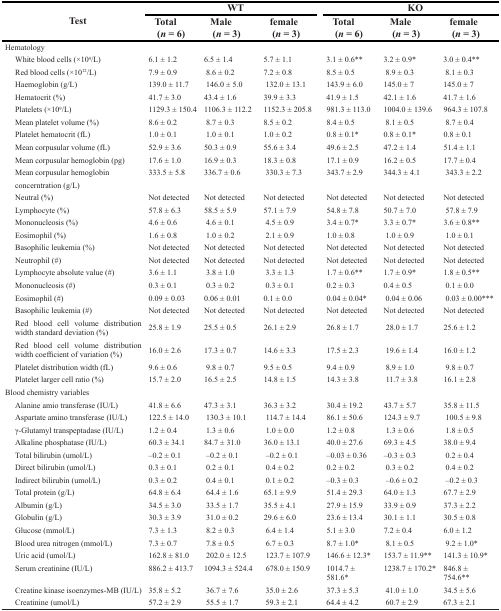
<table><thead><tr><td rowspan="2"><b>Test</b></td><td colspan="3"><b>WT</b></td><td colspan="3"><b>KO</b></td></tr><tr><td><b>Total (<i>n</i> = 6)</b></td><td><b>Male (<i>n</i> = 3)</b></td><td><b>female (<i>n</i> = 3)</b></td><td><b>Tota (<i>n</i> = 6)</b></td><td><b>Male (<i>n</i> = 3)</b></td><td><b>female (<i>n</i> = 3)</b></td></tr></thead><tbody><tr><td>Hematology</td><td></td><td></td><td></td><td></td><td></td><td></td></tr><tr><td> White blood cells (×10<sup>9</sup>/L)</td><td>6.1 ± 1.2</td><td>6.5 ± 1.4</td><td>5.7 ± 1.1</td><td>3.1 ± 0.6**</td><td>3.2 ± 0.9*</td><td>3.0 ± 0.4**</td></tr><tr><td> Red blood cells (×10<sup>12</sup>/L)</td><td>7.9 ± 0.9</td><td>8.6 ± 0.2</td><td>7.2 ± 0.8</td><td>8.5 ± 0.5</td><td>8.9 ± 0.3</td><td>8.1 ± 0.3</td></tr><tr><td> Haemoglobin (g/L)</td><td>139.0 ± 11.7</td><td>146.0 ± 5.0</td><td>132.0 ± 13.1</td><td>143.9 ± 6.0</td><td>145.0 ± 7</td><td>145.0 ± 7</td></tr><tr><td> Hematocrit (%)</td><td>41.7 ± 3.0</td><td>43.4 ± 1.6</td><td>39.9 ± 3.3</td><td>41.9 ± 1.5</td><td>42.1 ± 1.6</td><td>41.7 ± 1.6</td></tr><tr><td> Platelets (×10<sup>9</sup>/L)</td><td>1129.3 ± 150.4</td><td>1106.3 ± 112.2</td><td>1152.3 ± 205.8</td><td>981.3 ± 113.0</td><td>1004.0 ± 139.6</td><td>964.3 ± 107.8</td></tr><tr><td> Mean platelet volume (%)</td><td>8.6 ± 0.2</td><td>8.7 ± 0.3</td><td>8.5 ± 0.2</td><td>8.4 ± 0.5</td><td>8.1 ± 0.5</td><td>8.7 ± 0.4</td></tr><tr><td> Platelet hematocrit (fL)</td><td>1.0 ± 0.1</td><td>1.0 ± 0.1</td><td>1.0 ± 0.2</td><td>0.8 ± 0.1*</td><td>0.8 ± 0.1*</td><td>0.8 ± 0.1</td></tr><tr><td> Mean corpusular volume (fL)</td><td>52.9 ± 3.6</td><td>50.3 ± 0.9</td><td>55.6 ± 3.4</td><td>49.6 ± 2.5</td><td>47.2 ± 1.4</td><td>51.4 ± 1.1</td></tr><tr><td> Mean corpusular hemoglobin (pg)</td><td>17.6 ± 1.0</td><td>16.9 ± 0.3</td><td>18.3 ± 0.8</td><td>17.1 ± 0.9</td><td>16.2 ± 0.5</td><td>17.7 ± 0.4</td></tr><tr><td> Mean corpusular hemoglobin</td><td>333.5 ± 5.8</td><td>336.7 ± 0.6</td><td>330.3 ± 7.3</td><td>343.7 ± 2.9</td><td>344.3 ± 4.1</td><td>343.3 ± 2.2</td></tr><tr><td> concerntration (g/L)</td><td></td><td></td><td></td><td></td><td></td><td></td></tr><tr><td> Neutral (%)</td><td>Not detected</td><td>Not detected</td><td>Not detected</td><td>Not detected</td><td>Not detected</td><td>Not detected</td></tr><tr><td> Lymphocyte (%)</td><td>57.8 ± 6.3</td><td>58.5 ± 5.9</td><td>57.1 ± 7.9</td><td>54.8 ± 7.8</td><td>50.7 ± 7.0</td><td>57.8 ± 7.9</td></tr><tr><td> Mononucleosis (%)</td><td>4.6 ± 0.6</td><td>4.6 ± 0.1</td><td>4.5 ± 0.9</td><td>3.4 ± 0.7*</td><td>3.3 ± 0.7*</td><td>3.6 ± 0.8**</td></tr><tr><td> Eosimophil (%)</td><td>1.6 ± 0.8</td><td>1.0 ± 0.2</td><td>2.1 ± 0.9</td><td>1.0 ± 0.8</td><td>1.0 ± 0.9</td><td>1.0 ± 0.1</td></tr><tr><td> Basophilic leukemia (%)</td><td>Not detected</td><td>Not detected</td><td>Not detected</td><td>Not detected</td><td>Not detected</td><td>Not detected</td></tr><tr><td> Neutrophil (#)</td><td>Not detected</td><td>Not detected</td><td>Not detected</td><td>Not detected</td><td>Not detected</td><td>Not detected</td></tr><tr><td> Lymphocyte absolute value (#)</td><td>3.6 ± 1.1</td><td>3.8 ± 1.0</td><td>3.3 ± 1.3</td><td>1.7 ± 0.6**</td><td>1.7 ± 0.9*</td><td>1.8 ± 0.5**</td></tr><tr><td> Mononucleosis (#)</td><td>0.3 ± 0.1</td><td>0.3 ± 0.2</td><td>0.3 ± 0.1</td><td>0.2 ± 0.3</td><td>0.4 ± 0.5</td><td>0.1 ± 0.0</td></tr><tr><td> Eosimophil (#)</td><td>0.09 ± 0.03</td><td>0.06 ± 0.01</td><td>0.1 ± 0.0</td><td>0.04 ± 0.04*</td><td>0.04 ± 0.06</td><td>0.03 ± 0.00***</td></tr><tr><td> Basophilic leukemia (#)</td><td>Not detected</td><td>Not detected</td><td>Not detected</td><td>Not detected</td><td>Not detected</td><td>Not detected</td></tr><tr><td> Red blood cell volume distribution width standard deviation (%)</td><td>25.8 ± 1.9</td><td>25.5 ± 0.5</td><td>26.1 ± 2.9</td><td>26.8 ± 1.7</td><td>28.0 ± 1.7</td><td>25.6 ± 1.2</td></tr><tr><td> Red blood cell volume distribution width coefficient of variation (%)</td><td>16.0 ± 2.6</td><td>17.3 ± 0.7</td><td>14.6 ± 3.3</td><td>17.5 ± 2.3</td><td>19.6 ± 1.4</td><td>16.0 ± 1.2</td></tr><tr><td> Platelet distribution width (fL)</td><td>9.6 ± 0.6</td><td>9.8 ± 0.7</td><td>9.5 ± 0.5</td><td>9.4 ± 0.9</td><td>8.9 ± 1.0</td><td>9.8 ± 0.7</td></tr><tr><td> Platelet larger cell ratio (%)</td><td>15.7 ± 2.0</td><td>16.5 ± 2.5</td><td>14.8 ± 1.5</td><td>14.3 ± 3.8</td><td>11.7 ± 3.8</td><td>16.1 ± 2.8</td></tr><tr><td>Blood chemistry variables</td><td></td><td></td><td></td><td></td><td></td><td></td></tr><tr><td> Alanine amio transferase (IU/L)</td><td>41.8 ± 6.6</td><td>47.3 ± 3.1</td><td>36.3 ± 3.2</td><td>30.4 ± 19.2</td><td>43.7 ± 5.7</td><td>35.8 ± 11.5</td></tr><tr><td> Aspartate amino transferase (IU/L)</td><td>122.5 ± 14.0</td><td>130.3 ± 10.1</td><td>114.7 ± 14.4</td><td>86.1 ± 50.6</td><td>124.3 ± 9.7</td><td>100.5 ± 9.8</td></tr><tr><td> γ-Glutamyl transpeptadase (IU/L)</td><td>1.2 ± 0.4</td><td>1.3 ± 0.6</td><td>1.0 ± 0.0</td><td>1.2 ± 0.8</td><td>1.3 ± 0.6</td><td>1.8 ± 0.5</td></tr><tr><td> Alkaline phosphatase (IU/L)</td><td>60.3 ± 34.1</td><td>84.7 ± 31.0</td><td>36.0 ± 13.1</td><td>40.0 ± 27.6</td><td>69.3 ± 4.5</td><td>38.0 ± 9.4</td></tr><tr><td> Total bilirubin (umol/L)</td><td>−0.2 ± 0.1</td><td>−0.2 ± 0.1</td><td>−0.2 ± 0.1</td><td>−0.03 ± 0.36</td><td>−0.3 ± 0.3</td><td>0.2 ± 0.4</td></tr><tr><td> Direct bilirubin (umol/L)</td><td>0.3 ± 0.1</td><td>0.2 ± 0.1</td><td>0.4 ± 0.2</td><td>0.2 ± 0.2</td><td>0.3 ± 0.2</td><td>0.4 ± 0.2</td></tr><tr><td> Indirect bilirubin (umol/L)</td><td>0.3 ± 0.2</td><td>0.4 ± 0.1</td><td>0.1 ± 0.2</td><td>−0.3 ± 0.3</td><td>−0.6 ± 0.2</td><td>−0.2 ± 0.3</td></tr><tr><td> Total protein (g/L)</td><td>64.8 ± 6.4</td><td>64.4 ± 1.6</td><td>65.1 ± 9.9</td><td>51.4 ± 29.3</td><td>64.0 ± 1.3</td><td>67.7 ± 2.9</td></tr><tr><td> Albumin (g/L)</td><td>34.5 ± 3.0</td><td>33.5 ± 1.7</td><td>35.5 ± 4.1</td><td>27.9 ± 15.9</td><td>33.9 ± 0.9</td><td>37.3 ± 2.2</td></tr><tr><td> Globulin (g/L)</td><td>30.3 ± 3.9</td><td>31.0 ± 0.2</td><td>29.6 ± 6.0</td><td>23.6 ± 13.4</td><td>30.1 ± 1.1</td><td>30.5 ± 0.8</td></tr><tr><td> Glucose (mmol/L)</td><td>7.3 ± 1.3</td><td>8.2 ± 0.3</td><td>6.4 ± 1.4</td><td>5.1 ± 3.0</td><td>7.2 ± 0.4</td><td>6.0 ± 1.2</td></tr><tr><td> Blood urea nitrogen (mmol/L)</td><td>7.3 ± 0.7</td><td>7.8 ± 0.5</td><td>6.7 ± 0.3</td><td>8.7 ± 1.0*</td><td>8.1 ± 0.5</td><td>9.2 ± 1.0*</td></tr><tr><td> Uric acid (umol/L)</td><td>162.8 ± 81.0</td><td>202.0 ± 12.5</td><td>123.7 ± 107.9</td><td>146.6 ± 12.3*</td><td>153.7 ± 11.9**</td><td>141.3 ± 10.9*</td></tr><tr><td> Serum creatinine (IU/L)</td><td>886.2 ± 413.7</td><td>1094.3 ± 524.4</td><td>678.0 ± 150.9</td><td>1014.7 ± 581.6*</td><td>1238.7 ± 170.2*</td><td>846.8 ± 754.6**</td></tr><tr><td> Creatine kinase isoenzymes-MB (IU/L)</td><td>35.8 ± 5.2</td><td>36.7 ± 7.6</td><td>35.0 ± 2.6</td><td>37.3 ± 5.3</td><td>41.0 ± 1.0</td><td>34.5 ± 5.6</td></tr><tr><td> Creatinine (umol/L)</td><td>57.2 ± 2.9</td><td>55.5 ± 1.7</td><td>59.3 ± 2.1</td><td>64.4 ± 4.2</td><td>60.7 ± 2.9</td><td>67.3 ± 2.1</td></tr></tbody></table>